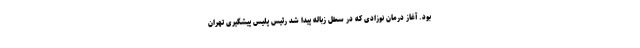
بود. آغاز درمان نوزادی که در سطل زباله پیدا شد رئیس پلیس پیشگیری تهران